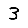
Digit: 3